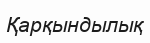
Қарқындылық